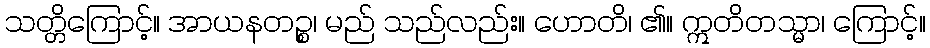
သတ္တိကြောင့်။ အာယနတဉ္စ၊ မည် သည်လည်း။ ဟောတိ၊ ၏။ ဣတိတသ္မာ၊ ကြောင့်။